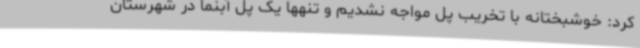
کرد: خوشبختانه با تخریب پل مواجه نشدیم و تنهها یک پل آبنما در شهرستان